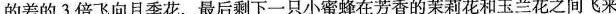
的差的3倍飞向月季花，最后剩下一只小蜜蜂在芳香的茉莉花和玉兰花之间飞来